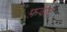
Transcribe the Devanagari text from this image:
फ़वाद